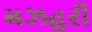
મઝહરી